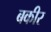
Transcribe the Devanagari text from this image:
बकीर